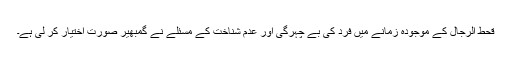
قحط الرجال کے موجودہ زمانے میں فرد کی بے چہرگی اور عدم شناخت کے مسئلے نے گمبھیر صورت اختیار کر لی ہے۔